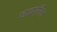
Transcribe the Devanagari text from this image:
डाइएरिल